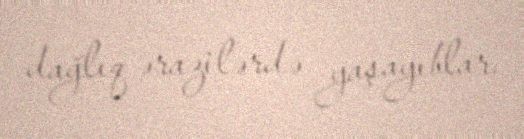
dağlıq ərazilərdə yaşayıblar.